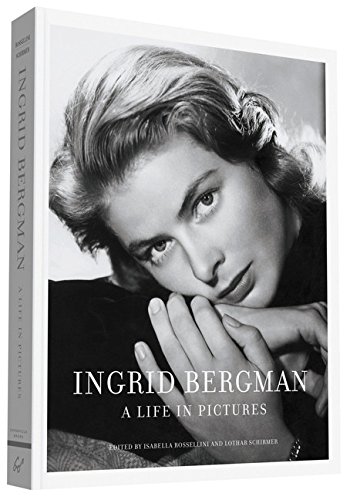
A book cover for Ingrid Bergman: A Life in Pictures; Arts & Photography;